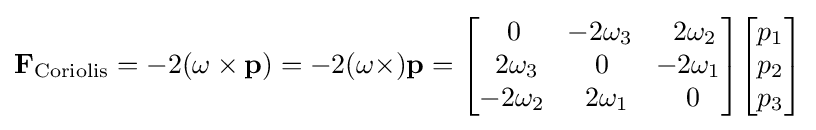
\mathbf {F} _{\mathrm {Coriolis} }=-2(\mathbf {\omega } \times \mathbf {p} )=-2(\mathbf {\omega } \times )\mathbf {p} ={\begin{bmatrix}\,0&\!-2\omega _{3}&\,\,2\omega _{2}\\\,\,2\omega _{3}&0&\!-2\omega _{1}\\-2\omega _{2}&\,\,2\omega _{1}&\,0\end{bmatrix}}{\begin{bmatrix}p_{1}\\p_{2}\\p_{3}\end{bmatrix}}